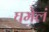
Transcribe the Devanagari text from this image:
घमेलं